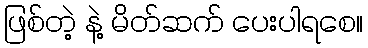
ဖြစ်တဲ့ နဲ့ မိတ်ဆက် ပေးပါရစေ။